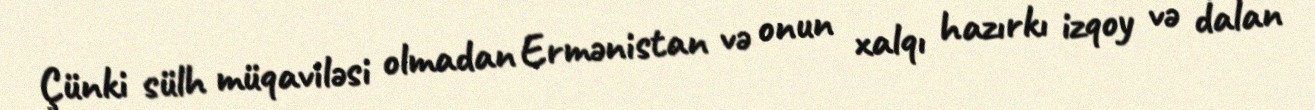
Çünki sülh müqaviləsi olmadan Ermənistan və onun xalqı hazırkı izqoy və dalan